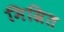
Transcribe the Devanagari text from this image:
मिस्रित